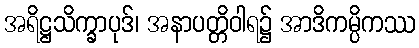
အရိဋ္ဌသိက္ခာပုဒ်၊ အနာပတ္တိဝါရ၌ အာဒိကမ္ပိကဿ